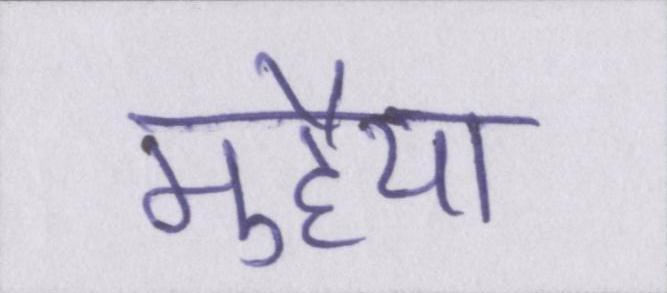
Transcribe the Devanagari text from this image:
मुहैया